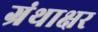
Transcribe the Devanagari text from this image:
ग्रंथाक्षर